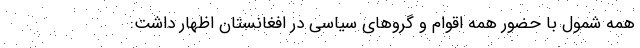
همه شمول با حضور همه اقوام و گروهای سیاسی در افغانستان اظهار داشت: